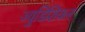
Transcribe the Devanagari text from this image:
ज्युडिशियल